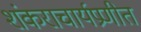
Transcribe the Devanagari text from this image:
शंकराचार्यप्रणीत